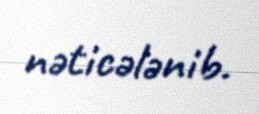
nəticələnib.